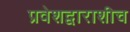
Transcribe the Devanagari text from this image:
प्रवेशद्वाराशीच